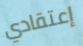
إعتقادي